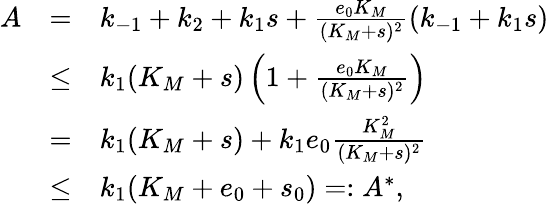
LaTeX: \begin{array}{rcl}{A}&{=}&{k_{-1}+k_{2}+k_{1}s+\frac{e_{0}K_{M}}{(K_{M}+s)^{2}}(k_{-1}+k_{1}s)}\\ &{\leq}&{k_{1}(K_{M}+s)\left(1+\frac{e_{0}K_{M}}{(K_{M}+s)^{2}}\right)}\\ &{=}&{k_{1}(K_{M}+s)+k_{1}e_{0}\frac{K_{M}^{2}}{(K_{M}+s)^{2}}}\\ &{\leq}&{k_{1}(K_{M}+e_{0}+s_{0})=:A^{*},}\end{array}